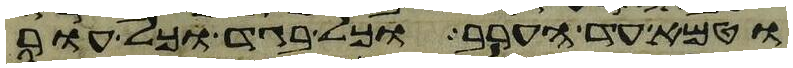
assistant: וטמא עד הערב וכל בגד וכל עור